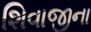
શિવાજીના